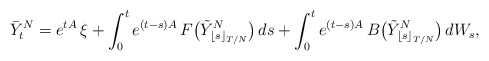
\begin{align*} \bar{Y}^N_t = e^{ t A } \, \xi + \int_0^t e^{ ( t - s ) A } \, F\big( \tilde{Y}^N_{ \lfloor s \rfloor_{ T / N } } \big) \, ds + \int_0^t e^{ ( t - s ) A } \, B\big( \tilde{Y}^N_{ \lfloor s \rfloor_{ T / N } } \big) \, dW_s ,\end{align*}